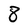
Character: 8